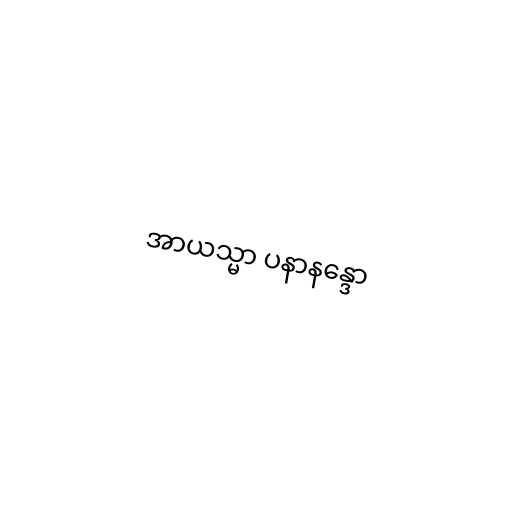
အာယသ္မာ ပနာနန္ဒော